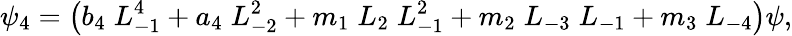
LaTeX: \psi_{4}=\left(b_{4}\; L_{-1}^{4}+a_{4}\; L_{-2}^{2}+m_{1}\; L_{2}\; L_{-1}^{2}+m_{2}\; L_{-3}\; L_{-1}+m_{3}\; L_{-4}\right)\psi,